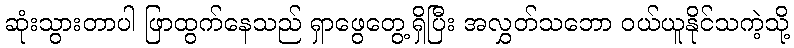
ဆုံးသွားတာပါ ဖြာထွက်နေသည် ရှာဖွေတွေ့ရှိပြီး အလွှတ်သဘော ဝယ်ယူနိုင်သကဲ့သို့